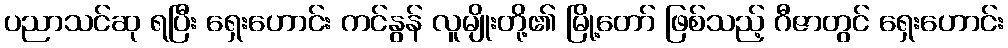
ပညာသင်ဆု ရပြီး ရှေးဟောင်း ကင်နွန် လူမျိုးတို့၏ မြို့တော် ဖြစ်သည့် ဂီဇာတွင် ရှေးဟောင်း